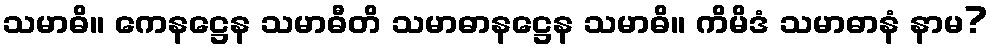
သမာဓိ။ ကေနဋ္ဌေန သမာဓီတိ သမာဓာနဋ္ဌေန သမာဓိ။ ကိမိဒံ သမာဓာနံ နာမ?